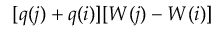
[ q ( j ) + q ( i ) ] [ W ( j ) - W ( i ) ]